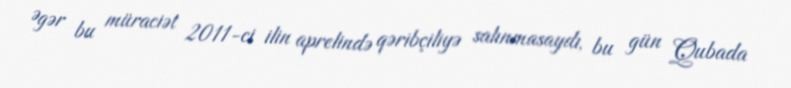
Əgər bu müraciət 2011-ci ilin aprelində qəribçiliyə salınmasaydı, bu gün Qubada